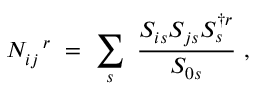
N _ { i j } ^ { ~ ~ r } ~ = ~ \sum _ { s } ~ { \frac { S _ { i s } S _ { j s } S _ { s } ^ { \dagger r } } { S _ { 0 s } } } ~ ,